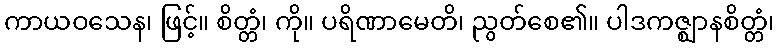
ကာယဝသေန၊ ဖြင့်။ စိတ္တံ၊ ကို။ ပရိဏာမေတိ၊ ညွတ်စေ၏။ ပါဒကဇ္ဈာနစိတ္တံ၊